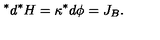
\, ^ { * } d ^ { * } H = \kappa ^ { * } d \phi = J _ { B } .